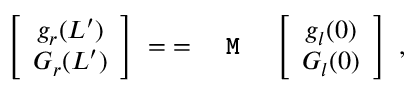
\left[ \begin{array} { c c } { g _ { r } ( L ^ { \prime } ) } \\ { G _ { r } ( L ^ { \prime } ) } \end{array} \right] \; = \; = \texttt { \textbf { M } } \, \left[ \begin{array} { c c } { g _ { l } ( 0 ) } \\ { G _ { l } ( 0 ) } \end{array} \right] \, \, ,